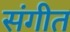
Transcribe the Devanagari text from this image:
संगीत